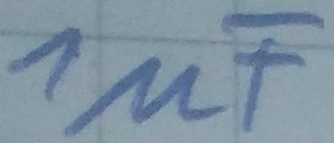
Text: 1µF